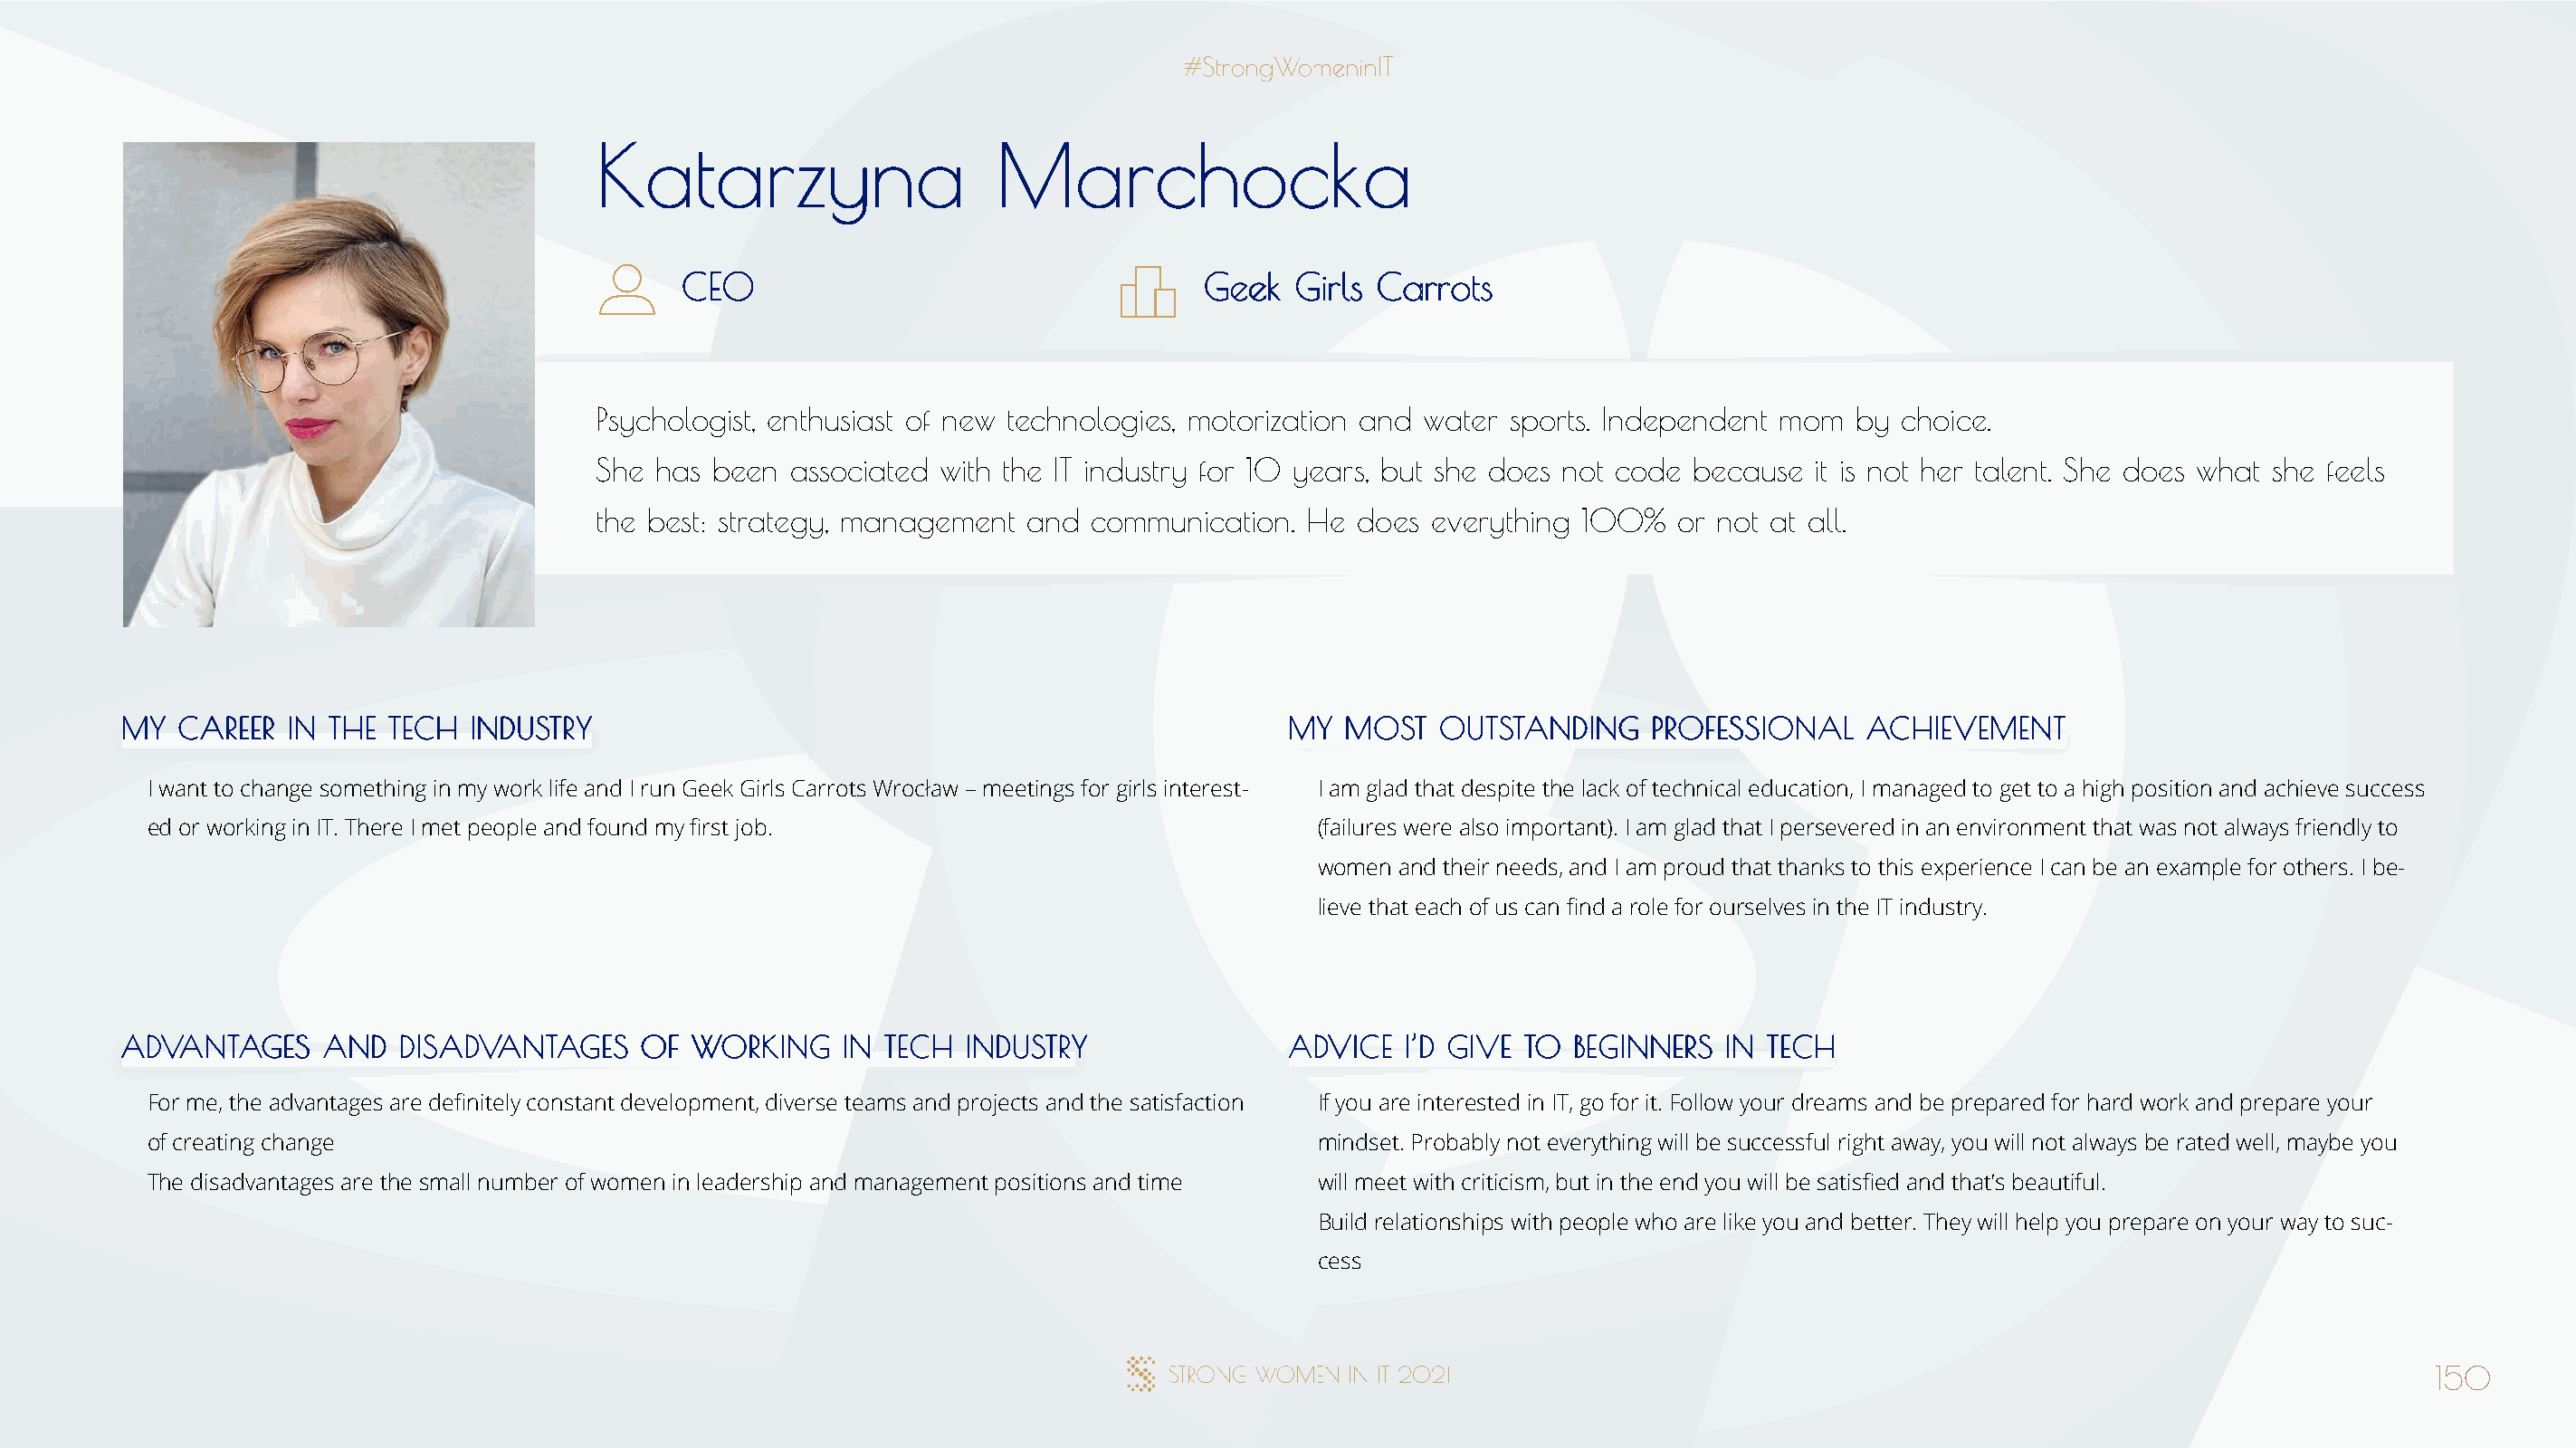
KKaattaarrzzyynnaa           MMaarrcchhoocckkaa
 CCEEOO                                GGeeeekk GGiirrllss CCaarrrroottss
 Psychologist, enthusiast of new technologies, motorization and water sports. Independent mom by choice.
 She has been  associated with the IT industry for 10 years, but she does not code because it is not her talent. She does what she feels
 the best: strategy, management and  communication.  He does  everything 100%   or not at all.
 MMYY CCAARREEEERR IINN TTHHEE TTEECCHH IINNDDUUSSTTRRYY                              MMYY MMOOSSTT OOUUTTSSTTAANNDDIINNGG PPRROOFFEESSSSIIOONNAALL AACCHHIIEEVVEEMMEENNTT
 I want to change something in my work life and I run Geek Girls Carrots Wrocław – meetings for girls interest- I am glad that despite the lack of technical education, I managed to get to a high position and achieve success
 ed or working in IT. There I met people and found my first job.                      (failures were also important). I am glad that I persevered in an environment that was not always friendly to
 women and their needs, and I am proud that thanks to this experience I can be an example for others. I be-
 lieve that each of us can find a role for ourselves in the IT industry.
 AADDVVAANNTTAAGGEESS AANNDD DDIISSAADDVVAANNTTAAGGEESS OOFF WWOORRKKIINNGG IINN TTEECCHH IINNDDUUSSTTRRYY AADDVVIICCEE II’’DD GGIIVVEE TTOO BBEEGGIINNNNEERRSS IINN TTEECCHH
 For me, the advantages are definitely constant development, diverse teams and projects and the satisfaction If you are interested in IT, go for it. Follow your dreams and be prepared for hard work and prepare your
 of creating change                                                                   mindset. Probably not everything will be successful right away, you will not always be rated well, maybe you
 The disadvantages are the small number of women in leadership and management positions and time will meet with criticism, but in the end you will be satisfied and that’s beautiful.
 Build relationships with people who are like you and better. They will help you prepare on your way to suc-
 cess
 150